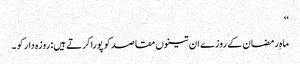
‘‘
ماہِ رمضان کے روزے ان تینوں مقاصد کو پورا کرتے ہیں: روزہ دار کو ۔